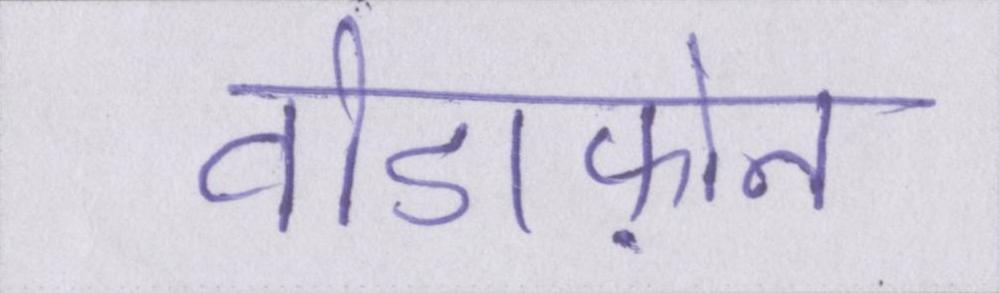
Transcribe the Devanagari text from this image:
वोडाफ़ोन